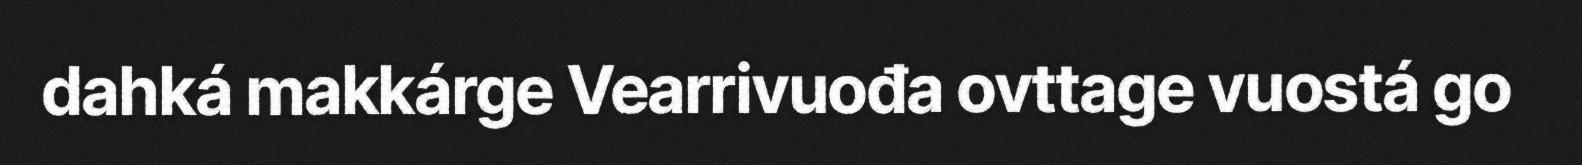
dahká makkárge Vearrivuođa ovttage vuostá go